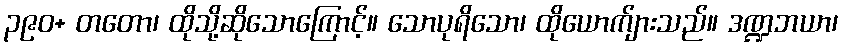
၃၉၀+ တတော၊ ထိုသို့ဆိုသောကြောင့်။ သောပုရိသော၊ ထိုယောက်ျားသည်။ ဒဏ္ဍဘယာ၊